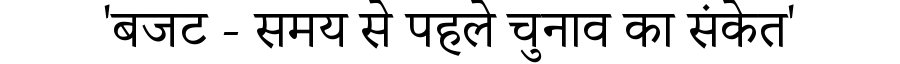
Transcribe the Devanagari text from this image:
'बजट - समय से पहले चुनाव का संकेत'